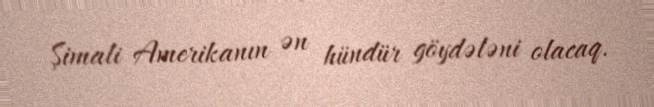
Şimali Amerikanın ən hündür göydələni olacaq.